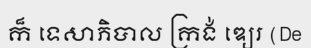
ក៏ ទេសាភិបាល ក្រង់ ឌ្យេរ (De